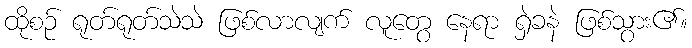
ထိုစဉ် ရုတ်ရုတ်သဲသဲ ဖြစ်လာလျက် လူတွေ နေရာ ရှဲခနဲ ဖြစ်သွား၏။